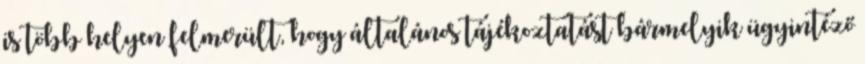
is több helyen felmerült, hogy általános tájékoztatást bármelyik ügyintéző